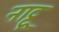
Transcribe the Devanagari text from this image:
नाट्टू